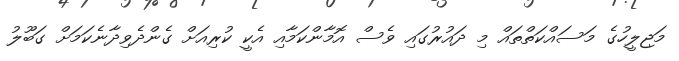
މަޖިލީހުގެ މަސައްކަތްތައް މި ދައުރުގައި ވެސް އޮމާންކަމާއި އެކީ ކުރިއަށް ގެންދެވިދާނެކަމަށް ގަބޫލު